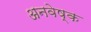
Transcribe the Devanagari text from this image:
अनवेष्क